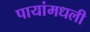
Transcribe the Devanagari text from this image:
पायांमधली